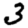
Digit: 3